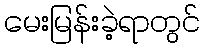
မေးမြန်းခဲ့ရာတွင်